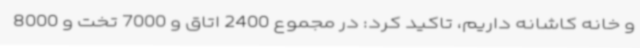
و خانه کاشانه داریم، تاکید کرد: در مجموع 2400 اتاق و 7000 تخت و 8000